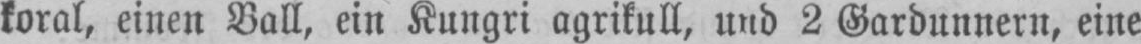
koral, einen Ball, ein Kungri agrikull, und 2 Gardunnern, eine